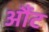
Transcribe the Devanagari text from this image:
औंट